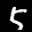
Label: 5